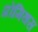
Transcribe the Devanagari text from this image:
प्रोमिथस